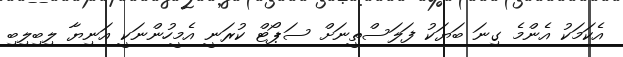
އެކަމަކު އެންމެ ގިނަ ބަޔަކު ފަލަސްތީނަށް ސަޕޯޓް ކުރަނީ އެމީހުންނަކީ އަނިޔާ ލިބިލިބި